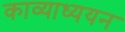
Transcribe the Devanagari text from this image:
काव्याध्ययन